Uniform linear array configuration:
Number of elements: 16
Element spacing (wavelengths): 1
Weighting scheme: binomial
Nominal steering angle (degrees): -45
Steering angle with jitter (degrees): -43.299
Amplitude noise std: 0.05
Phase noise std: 0.05

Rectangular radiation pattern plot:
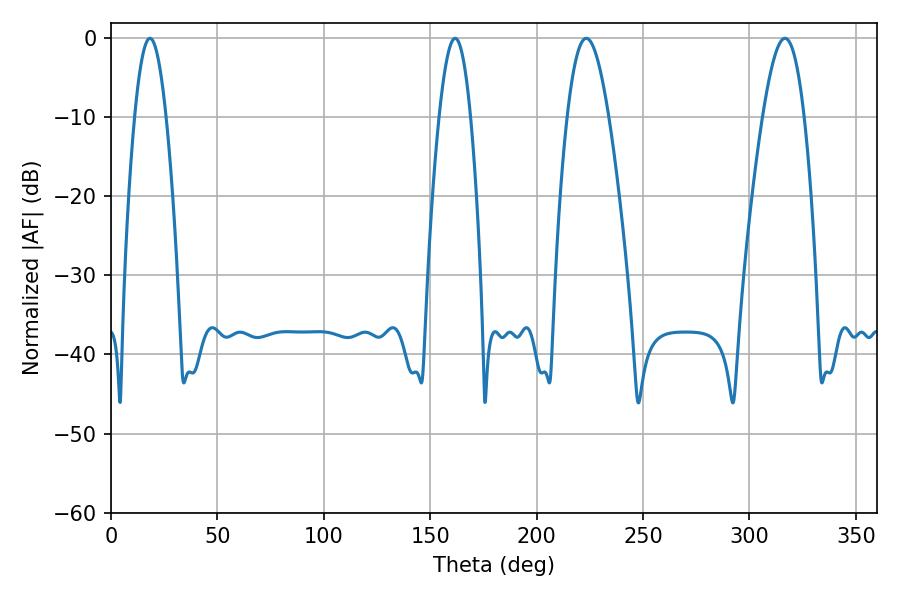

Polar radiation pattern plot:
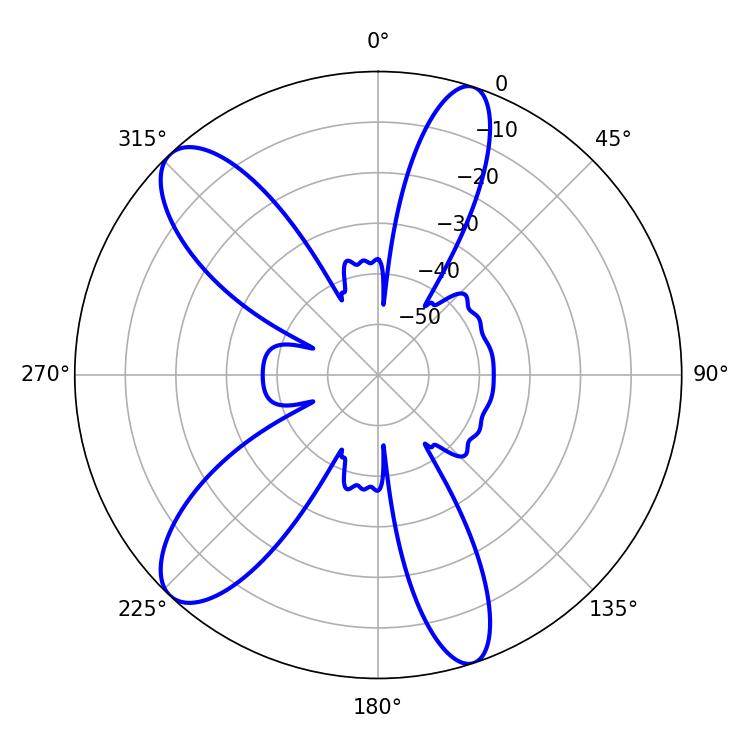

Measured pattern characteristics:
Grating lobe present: TRUE
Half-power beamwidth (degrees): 10.44
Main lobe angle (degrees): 223.38